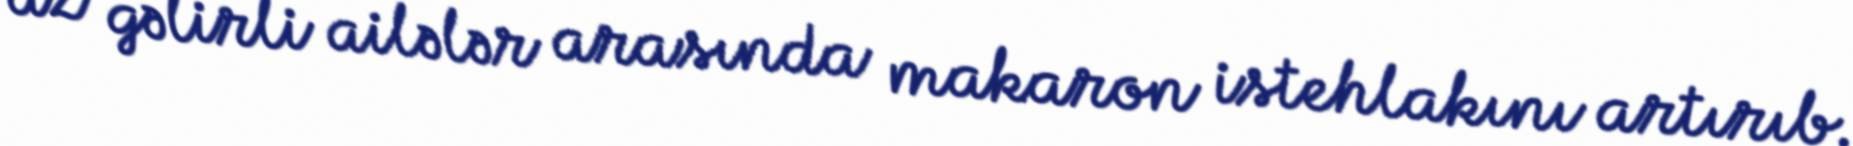
az gəlirli ailələr arasında makaron istehlakını artırıb.